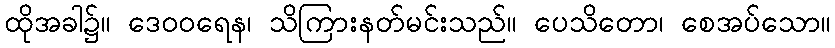
ထိုအခါ၌။ ဒေဝဝရေန၊ သိကြားနတ်မင်းသည်။ ပေသိတော၊ စေအပ်သော။